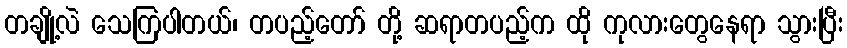
တချို့လဲ သေကြပါတယ်၊ တပည့်တော် တို့ ဆရာတပည့်က ထို ကုလားတွေနေရာ သွားပြီး